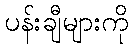
ပန်းချီများကို